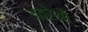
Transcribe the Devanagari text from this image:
अव्रेऔ